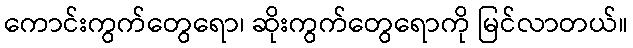
ကောင်းကွက်တွေရော၊ ဆိုးကွက်တွေရောကို မြင်လာတယ်။